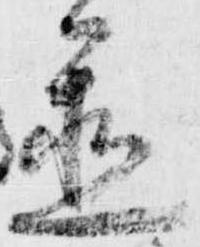
置